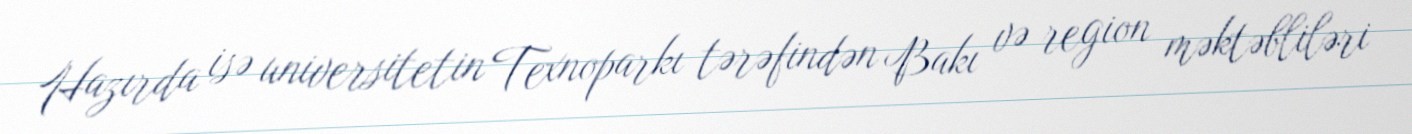
Hazırda isə universitetin Texnoparkı tərəfindən Bakı və region məktəbliləri